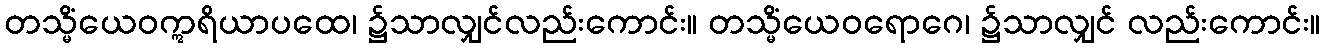
တသ္မိံယေဝဣရိယာပထေ၊ ၌သာလျှင်လည်းကောင်း။ တသ္မိံယေဝရောဂေ၊ ၌သာလျှင် လည်းကောင်း။